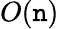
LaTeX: O(\mathtt{n})